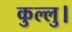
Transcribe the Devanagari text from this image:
कुल्‍लु।